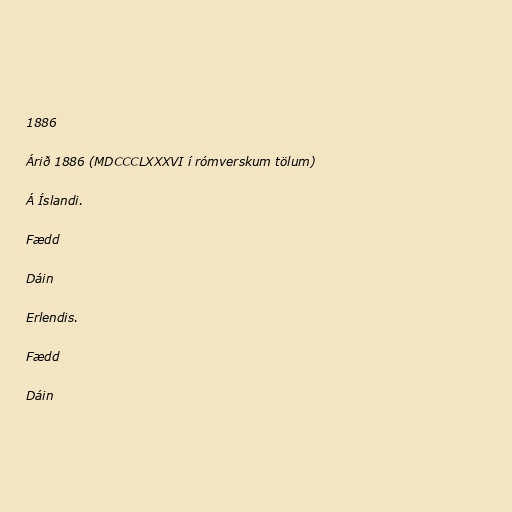
1886

Árið 1886 (MDCCCLXXXVI í rómverskum tölum)

Á Íslandi.

Fædd

Dáin

Erlendis.

Fædd

Dáin